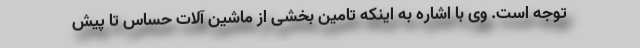
توجه است. وی با اشاره به اینکه تامین بخشی از ماشین آلات حساس تا پیش